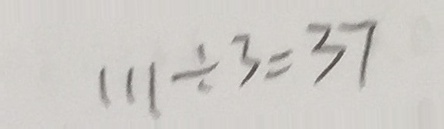
1 1 1 \div 3 = 3 7